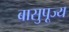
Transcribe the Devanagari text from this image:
बासुपूज्य